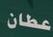
عطان